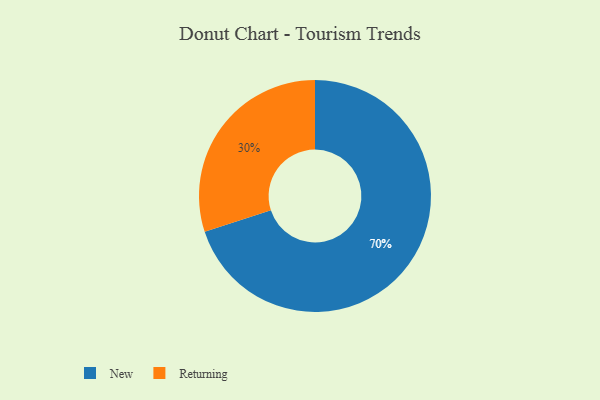
{"axis": {"x": "Category", "y": "Percentage"}, "legend": ["New", "Returning"], "data": [{"x": "Returning", "y": 30, "type": "Returning"}, {"x": "New", "y": 70, "type": "New"}]}